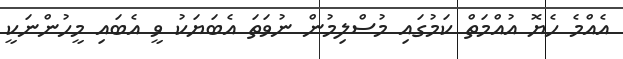
އެއްމެ ހެޔޮ އުއްމަތް ކަމުގައި މުސްލިމުން ނުވަތަ އެބަޔަކު ވީ އެބައި މީހުންނަކީ